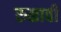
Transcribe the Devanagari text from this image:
रुळावी